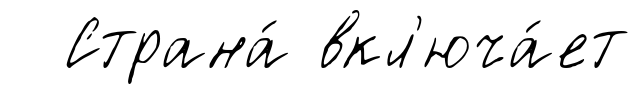
Страна́ вкл'юча́ет